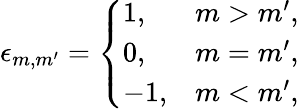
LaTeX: \epsilon_{m,m^{\prime}}=\left\{ \begin{array}{ll}{{1,}}&{{m>m^{\prime},}}\\ {{0,}}&{{m=m^{\prime},}}\\ {{-1,}}&{{m<m^{\prime},}}\end{array}\right.